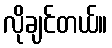
လိုချင်တယ်။